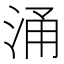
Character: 涌